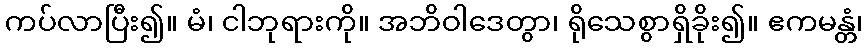
ကပ်လာပြီး၍။ မံ၊ ငါဘုရားကို။ အဘိဝါဒေတွာ၊ ရိုသေစွာရှိခိုး၍။ ဧကမန္တံ၊